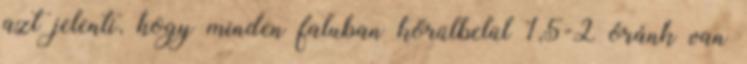
azt jelenti, hogy minden faluban körülbelül 1,5-2 óránk van